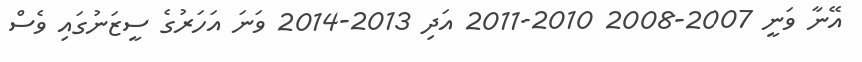
އޭނާ ވަނީ 2007-2008 2010-2011 އަދި 2013-2014 ވަނަ އަހަރުގެ ސީޒަނުގައި ވެސް